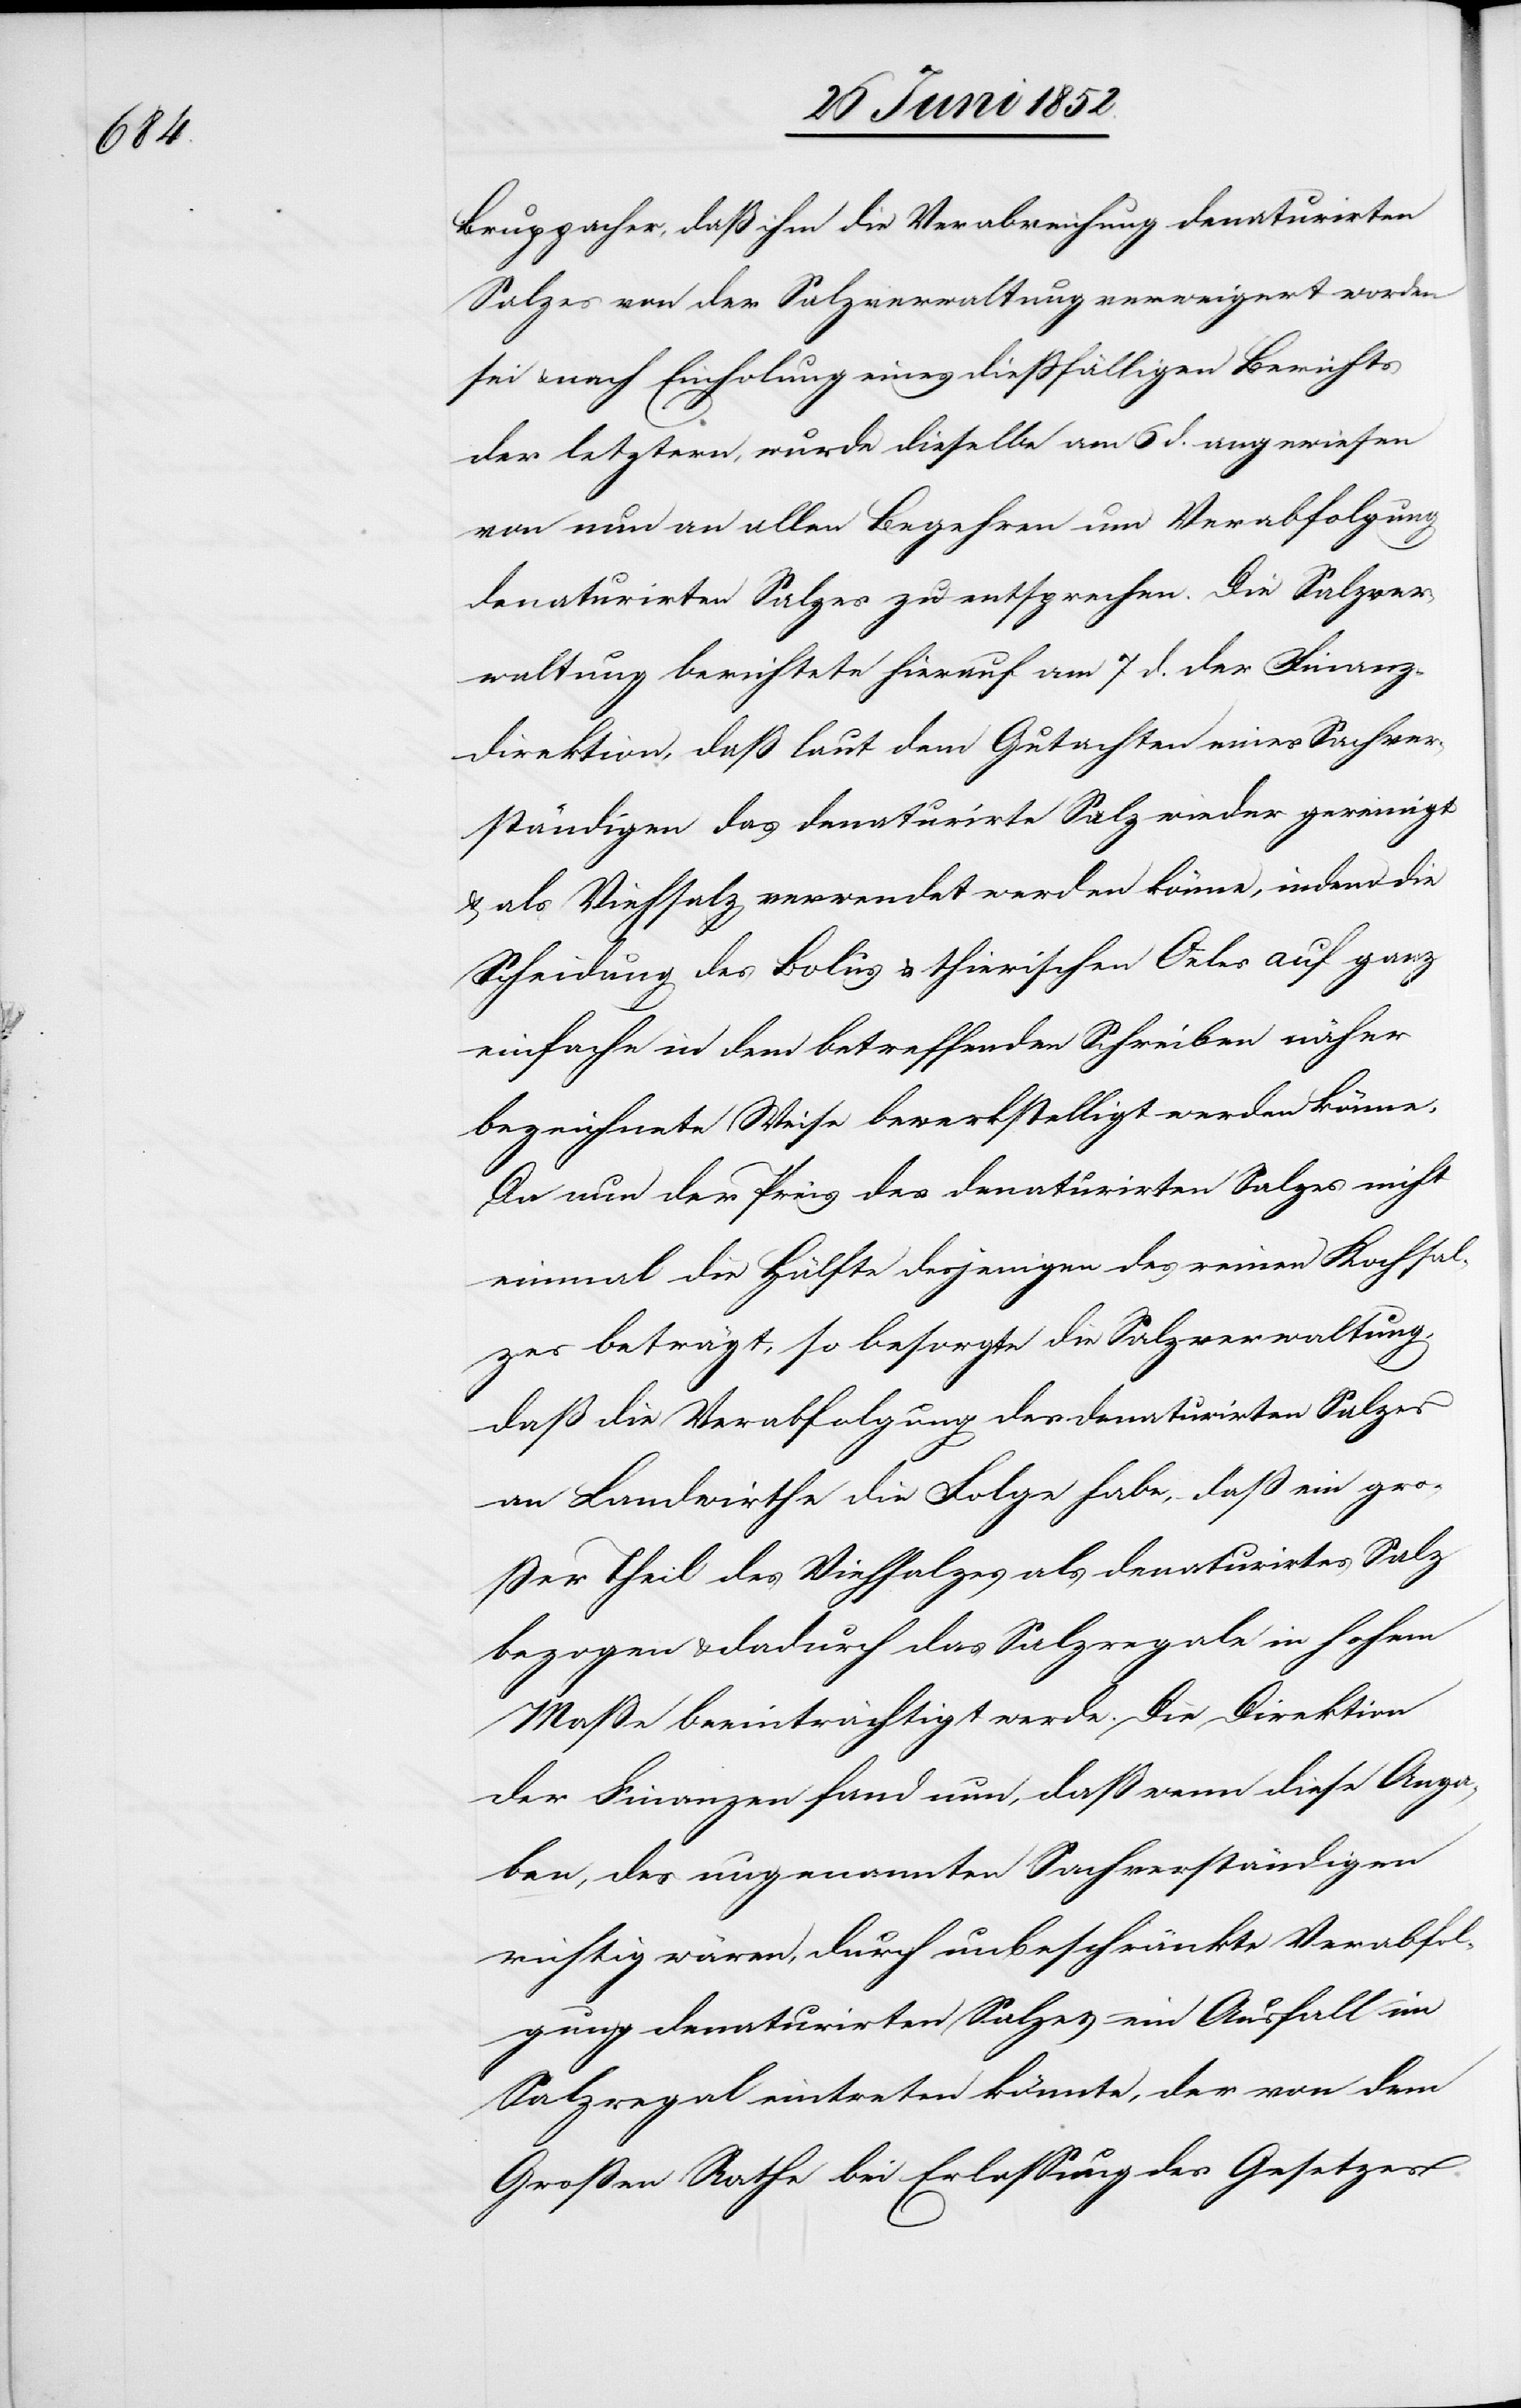
Bruppacher, daß ihm die Verabreichung denaturirten
Salzes von der Salzverwaltung verweigert worden
sei & nach Einholung eines diessfälligen Berichts
der letztern, wurde dieselbe am 6 d. angewiesen
von nun an allen Begehren um Verabfolgung
denaturirten Salzes zu entsprechen. Die Salzver¬
waltung berichtete hierauf am 7 d. der Finanz¬
direktion, daß laut dem Gutachten eines Sachver¬
ständigen das denaturirte Salz wieder gereinigt
& als Viehsalz verwendet werden könne, indem die
Scheidung des Bolus & thierischen Oeles auf ganz
einfache in dem betreffenden Schreiben näher
bezeichnete Weise bewerkstelligt werden könne.
Da nun der Preis des denaturirten Salzes nicht
einmal die Hälfte desjenigen des reinen Kochsal¬
zes beträgt, so besorgte die Salzverwaltung,
daß die Verabfolgung des denaturirten Salzes
an Landwirthe die Folge habe, daß ein gro¬
ßer Theil des Viehsalzes als denaturirtes Salz
bezogen & dadurch das Salzregale in hohem
Masse beeinträchtigt werde. Die Direktion
der Finanzen fand nun, daß wenn diese Anga¬
ben, des ungenannten Sachverständigen
richtig wären, durch unbeschränkte Verabfol¬
gung denaturirten Salzes ein Ausfall im
Salzregal eintreten könnte, der von dem
Grossen Rathe bei Erlassung des Gesetzes